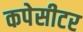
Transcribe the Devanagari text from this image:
कपेसीटर